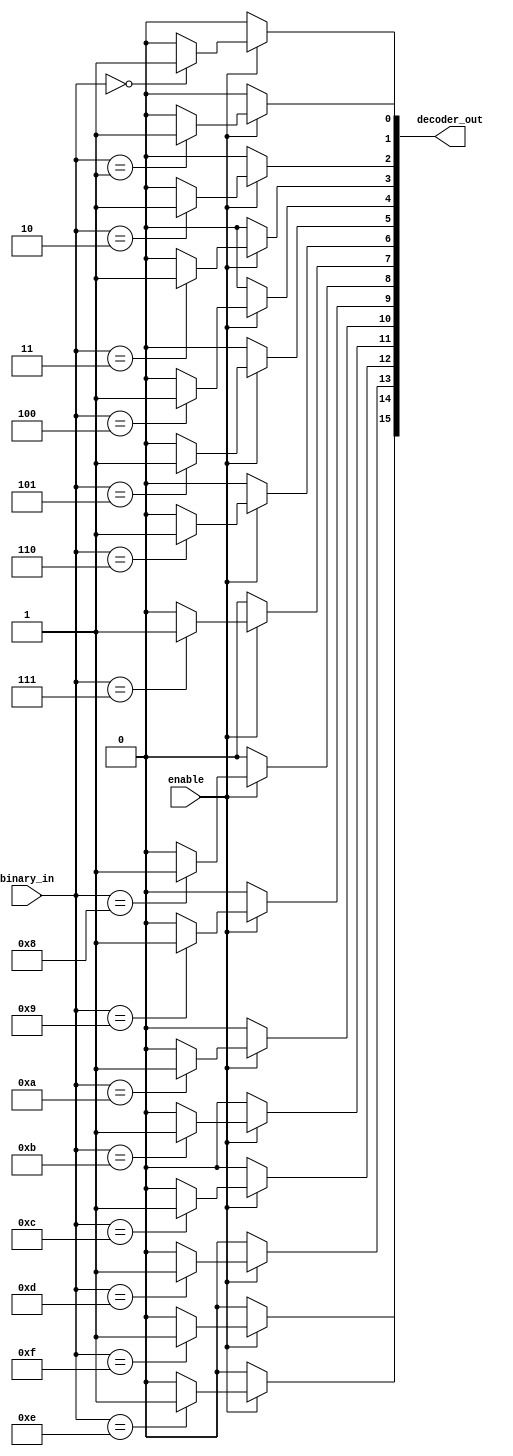
module decoder(
    binary_in,
    decoder_out,
    enable
);
    parameter N = 4;

    input [N-1: 0] binary_in;
    input enable;
    output reg [N*N - 1: 0] decoder_out;
    integer  i;
    always @(enable or binary_in) begin
    for(i = 0; i < N * N; i = i + 1) begin
        if(enable) begin
            decoder_out[i] = (binary_in == i) ? 1'b1 : 1'b0;
        end
        else begin
            decoder_out[i] = 1'b0;
        end
    end
    end
endmodule